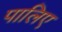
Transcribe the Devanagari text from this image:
पालिए